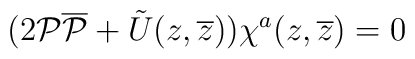
(2{\cal P}{\overline{\cal P}}+\tilde{U}(z, \overline{z}))\chi^a(z, \overline{z})=0